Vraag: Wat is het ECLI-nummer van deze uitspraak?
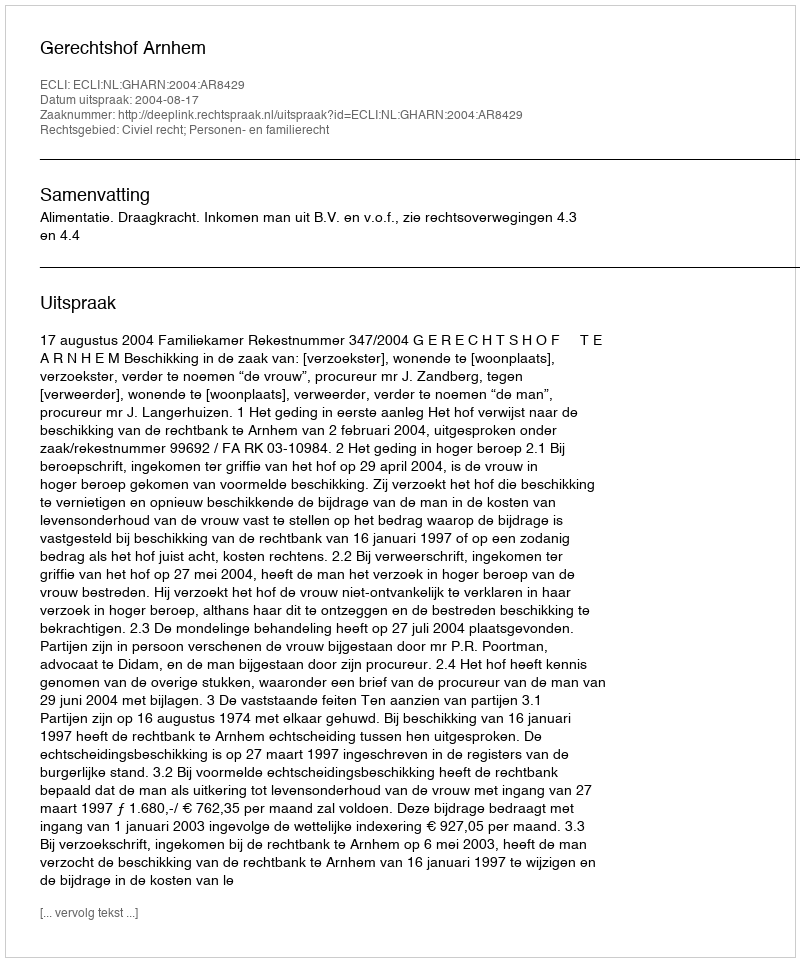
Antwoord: ECLI:NL:GHARN:2004:AR8429